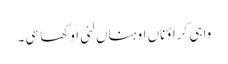
واہی کراؤناں اوہناں لئی اوکھا سی۔